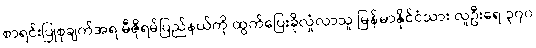
စာရင်းပြုစုချက်အရ မီဇိုရမ်ပြည်နယ်ကို ထွက်ပြေးခိုလှုံလာသူ မြန်မာနိုင်ငံသား လူဦးရေ ၃၇၀